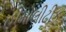
હીમોલીટીક